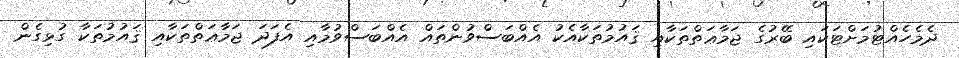
ދެމެހެއްޓުމަށްޓަކައި ބޭރުގެ ޖަމާޢަތްތަކާއި ޤައުމުތަކާއެކު އެއްބަސްވުންތައް އެއްބަސްވުމާއި އެފަދަ ޖަމާޢަތްތަކާއި ޤައުމުތަކާ ގުޅިގެން